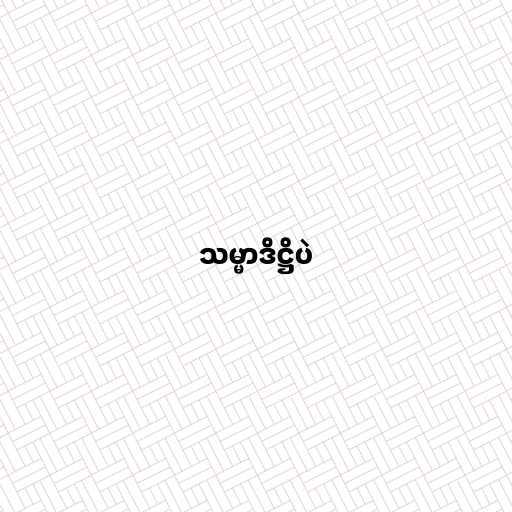
သမ္မာဒိဋ္ဌိပဲ